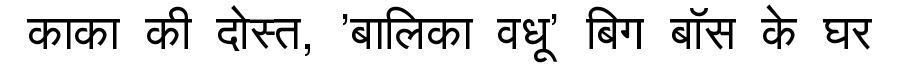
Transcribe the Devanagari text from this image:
काका की दोस्त, 'बालिका वधू' बिग बॉस के घर